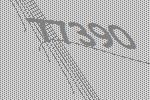
77390